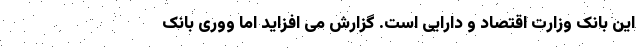
این بانک وزارت اقتصاد و دارایی است. گزارش می افزاید اما ووری بانک